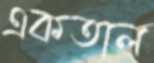
একতাল